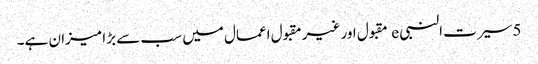
5 سیرت النبی e مقبول اور غیر مقبول اعمال میں سب سے بڑا میزان ہے۔